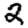
Digit: 2